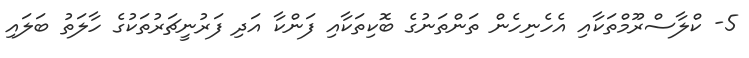
5- ކްލާސްރޫމްތަކާއި އެހެނިހެން ތަންތަނުގެ ބޮކިތަކާއި ފަންކާ އަދި ފަރުނީޗަރުތަކުގެ ހާލަތު ބަލައި